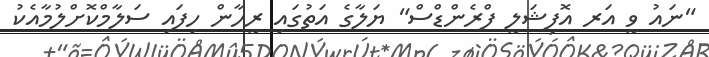
"ނައު ވީ އަރ އޮފިޝަލީ ފްރެންޑްސް" ޔަލާގެ އަތުގައި ރީހާން ހިފައި ސަލާމްކޮށްލުމާއެކު